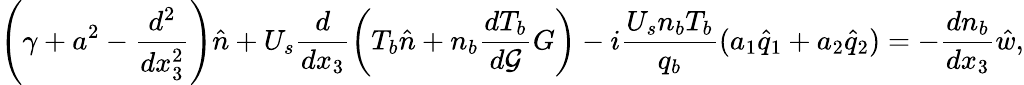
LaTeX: \left(\gamma+a^{2}-\frac{d^{2}}{dx_{3}^{2}}\right)\hat{n}+U_{s}\frac{d}{dx_{3}}\left(T_{b}\hat{n}+n_{b}\frac{dT_{b}}{d\mathcal{G}}G\right)-i\frac{U_{s}n_{b}T_{b}}{q_{b}}(a_{1}\hat{q}_{1}+a_{2}\hat{q}_{2})=-\frac{dn_{b}}{dx_{3}}\hat{w},